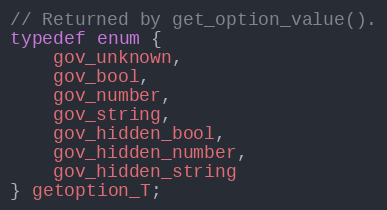
Language: C
// Returned by get_option_value().
typedef enum {
    gov_unknown,
    gov_bool,
    gov_number,
    gov_string,
    gov_hidden_bool,
    gov_hidden_number,
    gov_hidden_string
} getoption_T;